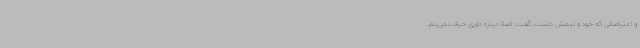
و اعتراضاتی که خود و تیمش داشت، گفت: اصلا درباره داوری حرف نمی‌زنم.